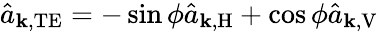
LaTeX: \hat{a}_{\mathbf{k},\mathrm{TE}}=-\sin\phi\hat{a}_{\mathbf{k},\mathrm{H}}+\cos\phi\hat{a}_{\mathbf{k},\mathrm{V}}